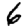
Digit: 6